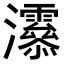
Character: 𤅒